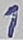
Text: 1